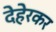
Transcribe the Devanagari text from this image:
देहेरकर